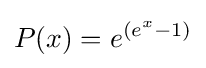
P(x)=e^{(e^{x}-1)}